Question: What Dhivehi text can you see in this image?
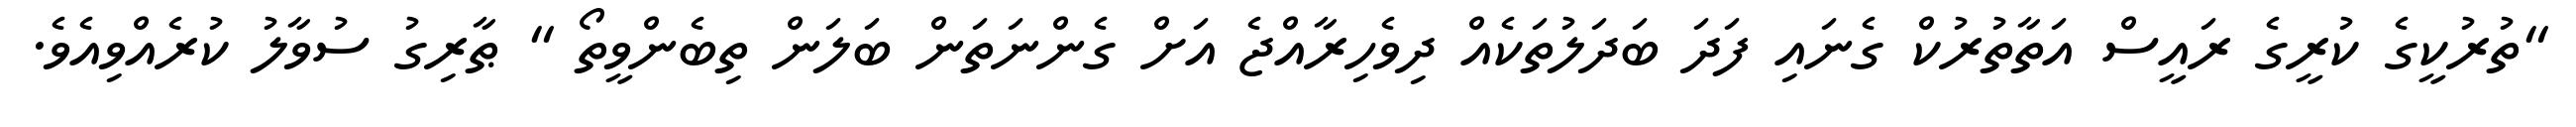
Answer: "ތުރުކީގެ ކުރީގެ ރައީސް އަތާތުރުކް ގެނައި ފަދަ ބަދަލުތަކެއް ދިވެހިރާއްޖެ އަށް ގެންނަތަން ބަލަން ތިބެންވީތޯ " ޠާރިގު ސުވާލު ކުރެއްވިއެވެ.